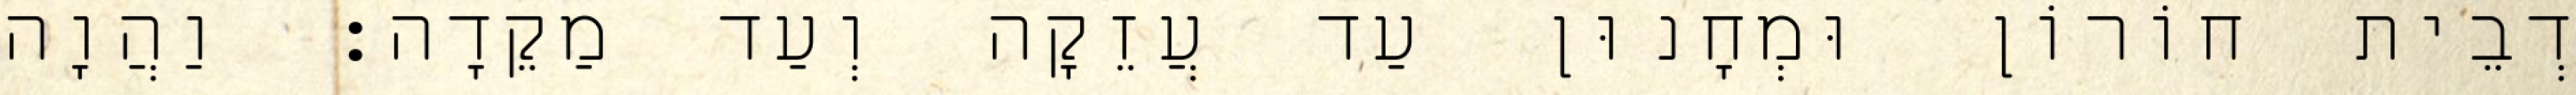
דְבֵית חוֹרוֹן וּמְחָנוּן עַד עֲזֵקָה וְעַד מַקֵדָה׃ וַהֲוָה